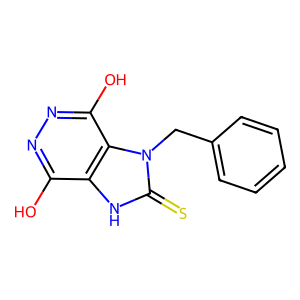
SMILES: Oc1nnc(O)c2c1[nH]c(=S)n2Cc1ccccc1
Inhibits HIV replication: No